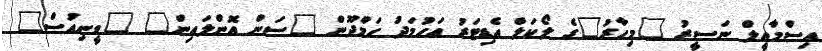
އިސްމާއީލް ނަސީރު "މިހާރު"ގެ ލޯކަލް އެޑިޓަރު އަހުމަދު ހަމްދޫން "ސަން އޮންލައިން" "ވީނިއުސް"